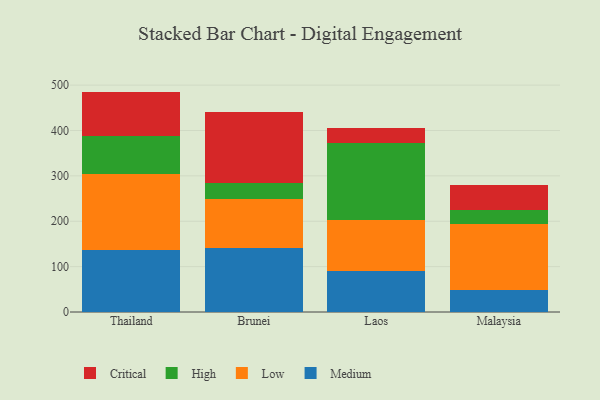
{"axis": {"x": "Country", "y": "Shipments"}, "legend": ["Critical", "High", "Low", "Medium"], "data": [{"x": "Thailand", "y": 136.6, "type": "Medium"}, {"x": "Thailand", "y": 166.7, "type": "Low"}, {"x": "Thailand", "y": 84.2, "type": "High"}, {"x": "Thailand", "y": 98.2, "type": "Critical"}, {"x": "Brunei", "y": 141.2, "type": "Medium"}, {"x": "Brunei", "y": 108.5, "type": "Low"}, {"x": "Brunei", "y": 35.6, "type": "High"}, {"x": "Brunei", "y": 156.2, "type": "Critical"}, {"x": "Laos", "y": 90.6, "type": "Medium"}, {"x": "Laos", "y": 113.0, "type": "Low"}, {"x": "Laos", "y": 168.7, "type": "High"}, {"x": "Laos", "y": 34.1, "type": "Critical"}, {"x": "Malaysia", "y": 47.8, "type": "Medium"}, {"x": "Malaysia", "y": 145.5, "type": "Low"}, {"x": "Malaysia", "y": 31.9, "type": "High"}, {"x": "Malaysia", "y": 54.6, "type": "Critical"}]}